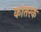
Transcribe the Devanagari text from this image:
कातरक